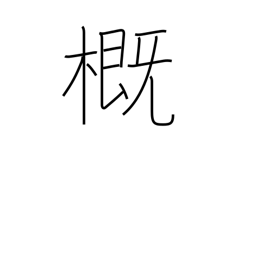
Meaning: approximation